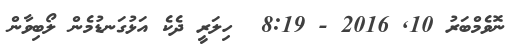
ނޮވެމްބަރު 10